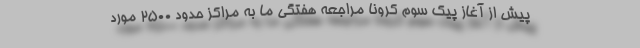
پیش از آغاز پیک سوم کرونا مراجعه هفتگی ما به مراکز حدود ۲۵۰۰ مورد